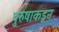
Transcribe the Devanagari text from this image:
पुरुषाकडून